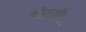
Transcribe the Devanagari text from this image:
कोटज़ी